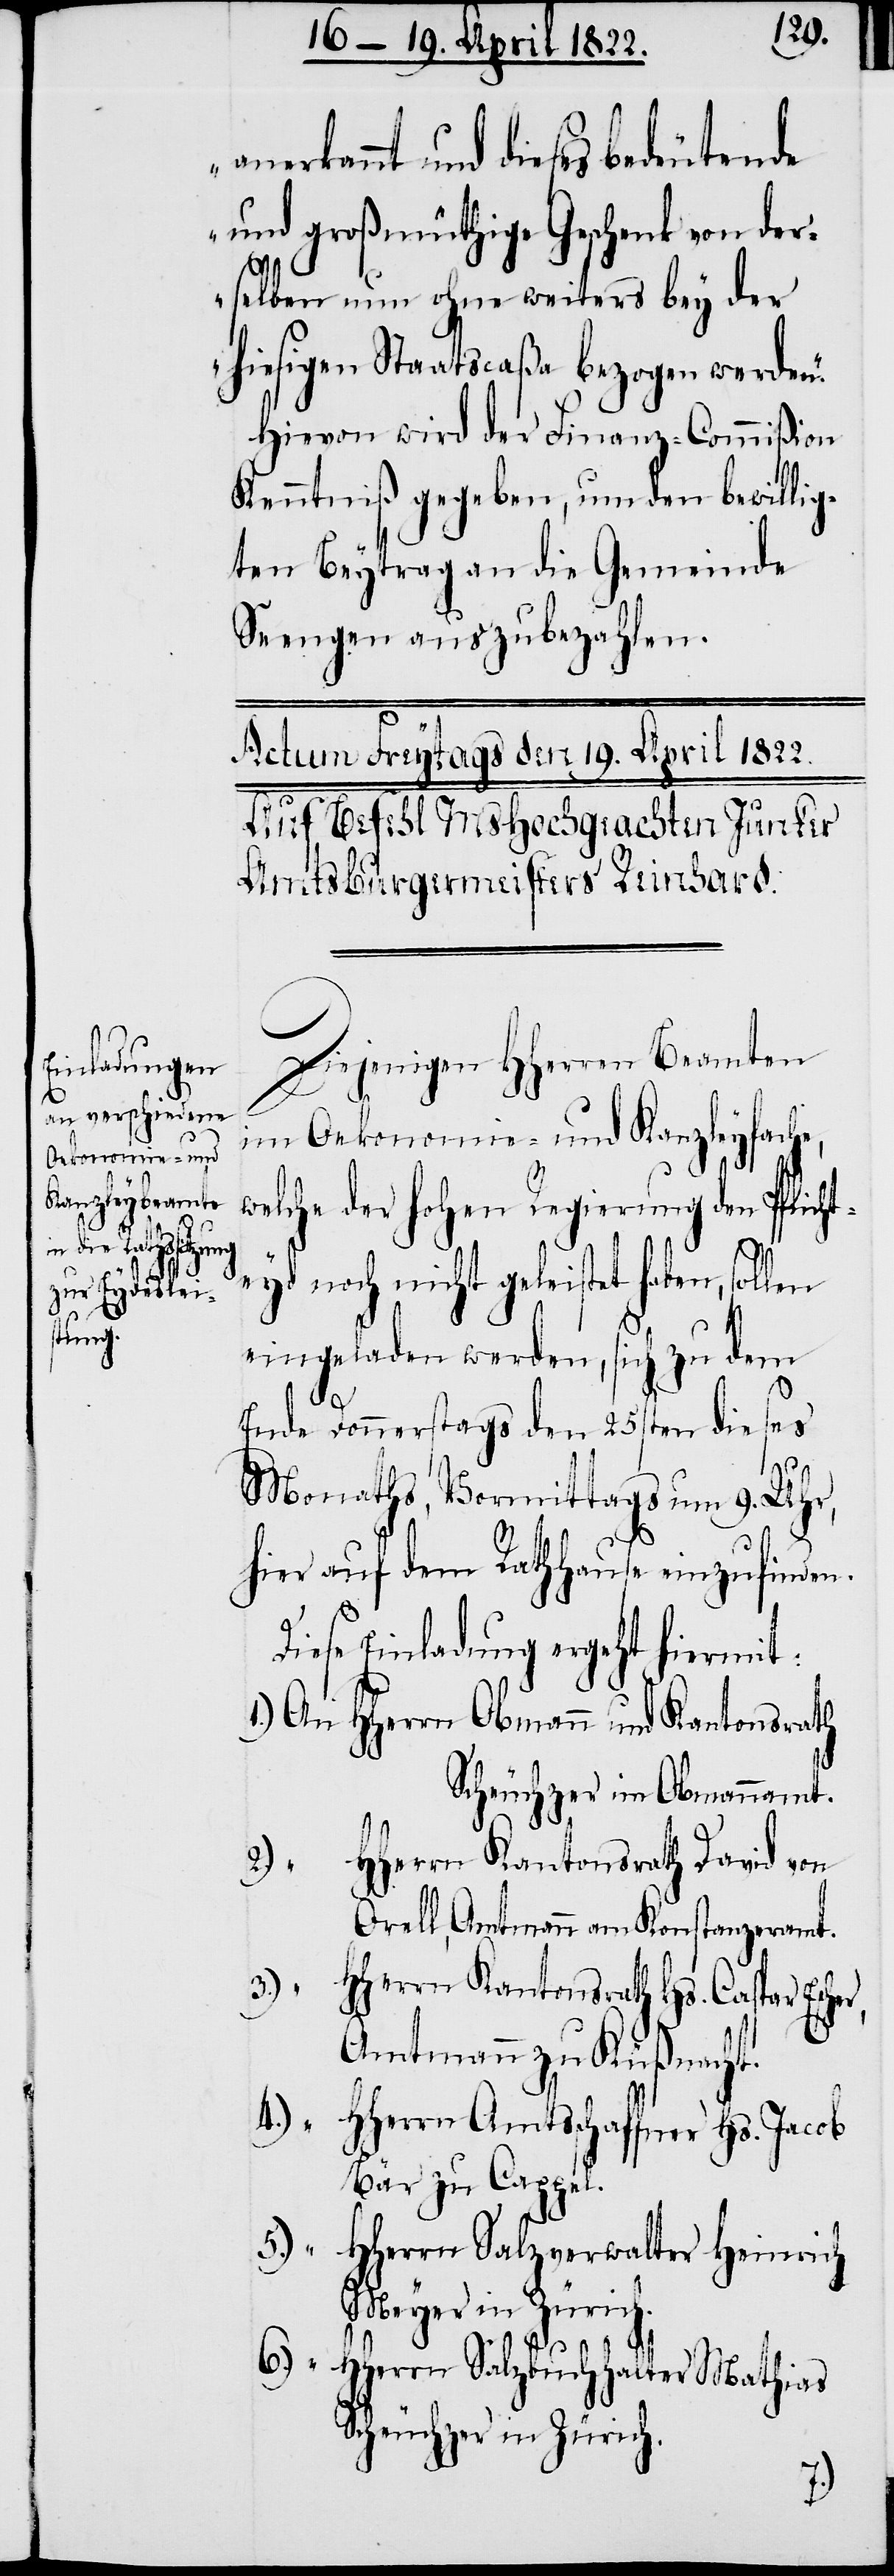
anerkannt und dieses bedeutende
und großmüthige Geschenk von der¬
selben nun ohne weiters bey der
hiesigen Staatscaßa bezogen werden.“
Hievon wird der Finanz-Commißion
Kenntniß gegeben, um den bewillig¬
ten Beytrag an die Gemeinde
Seengen auszubezahlen.
Actum Freytags den 19. April 1822.
den Befehl MsHochgeachten Junker
Amtsburgermeister Reinhard.
Diejenigen HHerren Beamten
im Oekonomie- und Kanzleyfache,
welche der hohen Regierung den Pflicht¬
eyd noch nicht geleistet haben,
eingeladen werden, sich zu dem
er,
Ende Donnerstags den 25sten dieses
Monaths, Vormittags um 9. Uhr,
hier auf dem Rathhause einzufinden.
Diese Einladung ergeht hiermit:
1.) An HHerrn Obmann und Kantonsrath
Scheuchzer im Obmannamt.
HHerrn Kantonsrath David von
2.) “
Orell, Amtmann am Konstanzeramt.
3.) “
HHerrn Kantonsrath Hs. Caspar Esch¬
Amtmann zu Küßnacht.
4.) “
HHerrn Amtsschaffner Hs. Jacob
Bär zu Cappel.
5.) “
HHerrn Salzverwalter Heinrich
Meyer in Zürich.
6.) “ HHerrn Salzbuchhalter Mathias
Scheuchzer in Zürich